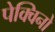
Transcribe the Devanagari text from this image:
पेक्विनो